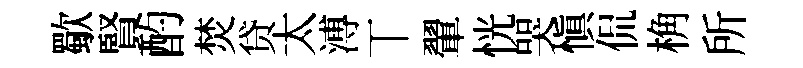
歜賢酌焚贷太溥丅翬恍哭慎侃桷所